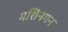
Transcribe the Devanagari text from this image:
मशिनगन